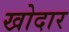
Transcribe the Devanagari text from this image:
खोदार